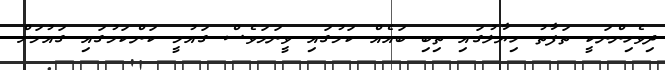
ދިވެހިންނަކީ ތަފާތު ހިޔާލުގައި ތިބި ބައެއް ކަމުގައި ވީނަމަވެސް ގައުމީ ކަންކަމުގައި ގައުމަށް